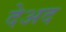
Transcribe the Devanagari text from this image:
देअद